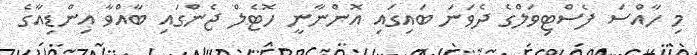
މި ހާއްސަ ފެސްޓިވަލްގެ ދެވަނަ ބައިގައި އޮންނާނީ ހޮޓެލް ޖެންގައި ބާއްވާ އިންޑިއާގެ